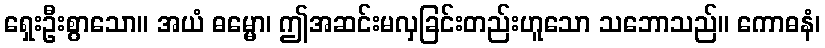
ရှေးဦးစွာသော။ အယံ ဓမ္မော၊ ဤအဆင်းမလှခြင်းတည်းဟူသော သဘောသည်။ ကောဓနံ၊